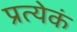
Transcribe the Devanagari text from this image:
प्रत्येकं